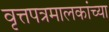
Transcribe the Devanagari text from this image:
वृत्तपत्रमालकांच्या